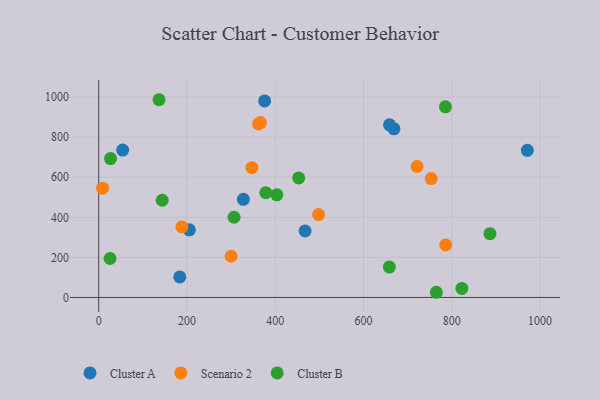
{"axis": {"x": "Engine Size", "y": "Yield"}, "legend": ["Cluster A", "Cluster B", "Scenario 2"], "data": [{"x": "54.3", "y": 735.7, "type": "Cluster A"}, {"x": "205.4", "y": 337.6, "type": "Cluster A"}, {"x": "658.9", "y": 861.4, "type": "Cluster A"}, {"x": "183.8", "y": 102.5, "type": "Cluster A"}, {"x": "668.9", "y": 841.7, "type": "Cluster A"}, {"x": "971.2", "y": 734.3, "type": "Cluster A"}, {"x": "327.8", "y": 489.8, "type": "Cluster A"}, {"x": "467.6", "y": 331.9, "type": "Cluster A"}, {"x": "375.9", "y": 981.0, "type": "Cluster A"}, {"x": "786.2", "y": 262.0, "type": "Scenario 2"}, {"x": "188.5", "y": 352.0, "type": "Scenario 2"}, {"x": "8.9", "y": 545.4, "type": "Scenario 2"}, {"x": "366.4", "y": 872.6, "type": "Scenario 2"}, {"x": "362.0", "y": 865.8, "type": "Scenario 2"}, {"x": "721.2", "y": 653.6, "type": "Scenario 2"}, {"x": "498.1", "y": 413.6, "type": "Scenario 2"}, {"x": "300.1", "y": 205.7, "type": "Scenario 2"}, {"x": "347.1", "y": 647.7, "type": "Scenario 2"}, {"x": "753.4", "y": 593.1, "type": "Scenario 2"}, {"x": "403.6", "y": 512.3, "type": "Cluster B"}, {"x": "453.1", "y": 596.7, "type": "Cluster B"}, {"x": "26.8", "y": 693.3, "type": "Cluster B"}, {"x": "306.7", "y": 400.2, "type": "Cluster B"}, {"x": "785.6", "y": 951.6, "type": "Cluster B"}, {"x": "136.7", "y": 986.8, "type": "Cluster B"}, {"x": "143.9", "y": 485.0, "type": "Cluster B"}, {"x": "658.5", "y": 151.6, "type": "Cluster B"}, {"x": "822.8", "y": 45.1, "type": "Cluster B"}, {"x": "886.5", "y": 318.4, "type": "Cluster B"}, {"x": "765.0", "y": 25.8, "type": "Cluster B"}, {"x": "378.6", "y": 522.6, "type": "Cluster B"}, {"x": "25.7", "y": 194.3, "type": "Cluster B"}]}